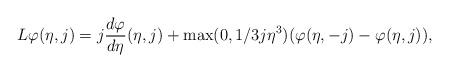
LaTeX: \begin{align*} L\varphi(\eta,j) = j \frac{d \varphi}{d \eta}(\eta,j) + \max(0, 1/3 j \eta^3) (\varphi(\eta,-j)- \varphi(\eta,j)),\end{align*}